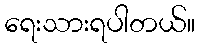
ရေးသားရပါတယ်။